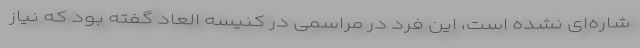
شاره‌ای نشده است، این فرد در مراسمی در کنیسه العاد گفته بود که نیاز